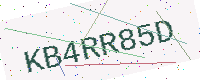
Text: KB4RR85D